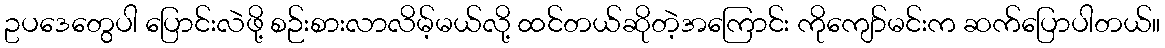
ဥပဒေတွေပါ ပြောင်းလဲဖို့ စဉ်းစားလာလိမ့်မယ်လို့ ထင်တယ်ဆိုတဲ့အကြောင်း ကိုကျော်မင်းက ဆက်ပြောပါတယ်။